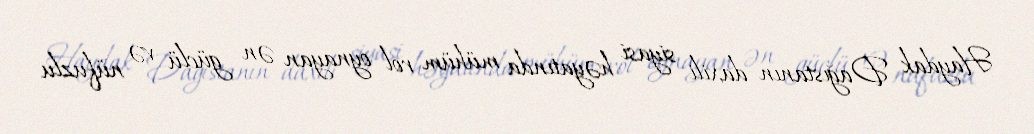
Haydak Dağıstanın daxili siyasi həyatında mühüm rol oynayan ən güclü və nüfuzlu